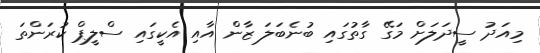
މިއަދު ސީދަލަށް މަގޭ ގާތުގައި ބުނެބަލަ ޒާން އާއި އެކީގައި ސްލީޕް ކުރަންތަ